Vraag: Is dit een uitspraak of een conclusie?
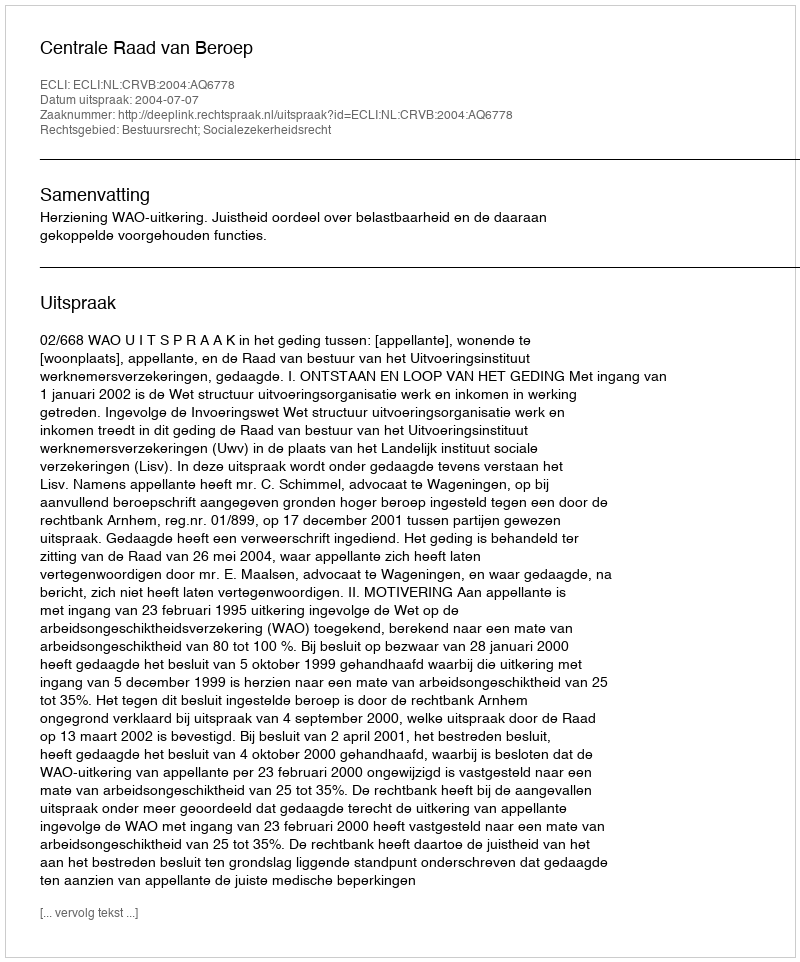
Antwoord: Uitspraak